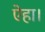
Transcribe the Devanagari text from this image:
ऐहा।